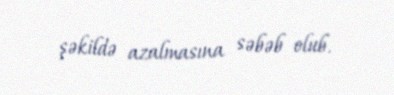
şəkildə azalmasına səbəb olub.